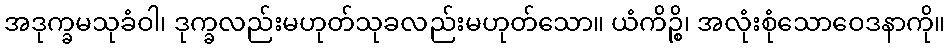
အဒုက္ခမသုခံဝါ၊ ဒုက္ခလည်းမဟုတ်သုခလည်းမဟုတ်သော။ ယံကိဉ္စိ၊ အလုံးစုံသောဝေဒနာကို။